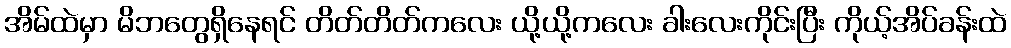
အိမ်ထဲမှာ မိဘတွေရှိနေရင် တိတ်တိတ်ကလေး ယို့ယို့ကလေး ခါးလေးကိုင်းပြီး ကိုယ့်အိပ်ခန်းထဲ